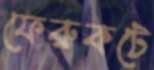
ফেরুকটে